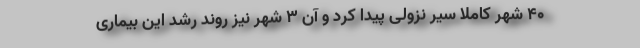
۴۰ شهر کاملاً سیر نزولی پیدا کرد و آن 3 شهر نیز روند رشد این بیماری